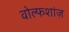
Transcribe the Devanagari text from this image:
वोल्फशांज़